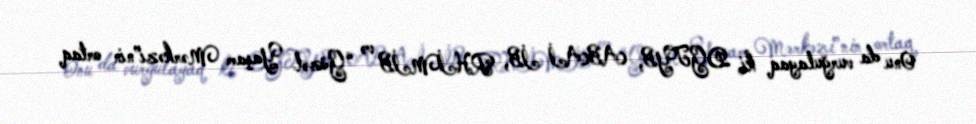
Onu da vurğulayaq ki, DGTYB, ABAİ İB, RHİMİB və “Gözəl Yaşam Mərkəzi”nin ortaq